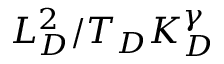
L _ { D } ^ { 2 } / T _ { D } K _ { D } ^ { \gamma }